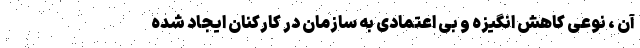
آن ، نوعی کاهش انگیزه و بی اعتمادی به سازمان در کارکنان ایجاد شده